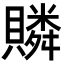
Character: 𧸍